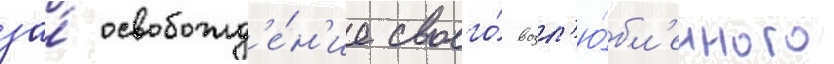
за́ освобожд'е́н'ие своего́ возл'ю́бл'енного